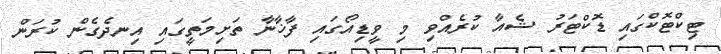
ޓިކްޓޮކްގައި ޑޮކްޓަރު ޝެއާ ކުރެއްވި މި ވީޑިއޯގައި ފާޚާނާ ތަށިމަތީގައި އިނދެގެން ކުރަން